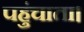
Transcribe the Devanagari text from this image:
पहुंचाता।